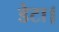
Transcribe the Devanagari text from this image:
डेटा।